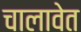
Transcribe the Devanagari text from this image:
चालावेत